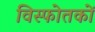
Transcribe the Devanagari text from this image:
विस्फोतकों